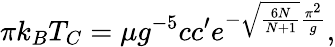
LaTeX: \pi k_{B}T_{C}=\mu g^{-5}cc^{\prime}e^{-\sqrt{{\frac{6N}{N+1}}}{\frac{\pi^{2}}{g}}},